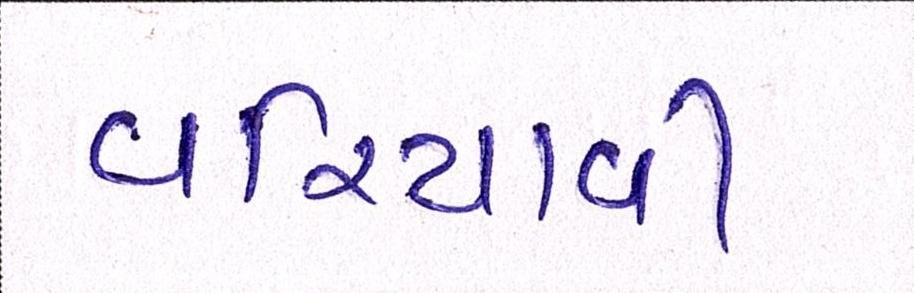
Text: વરિયાવી